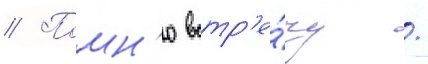
// Помн'ю встр'е́чу /